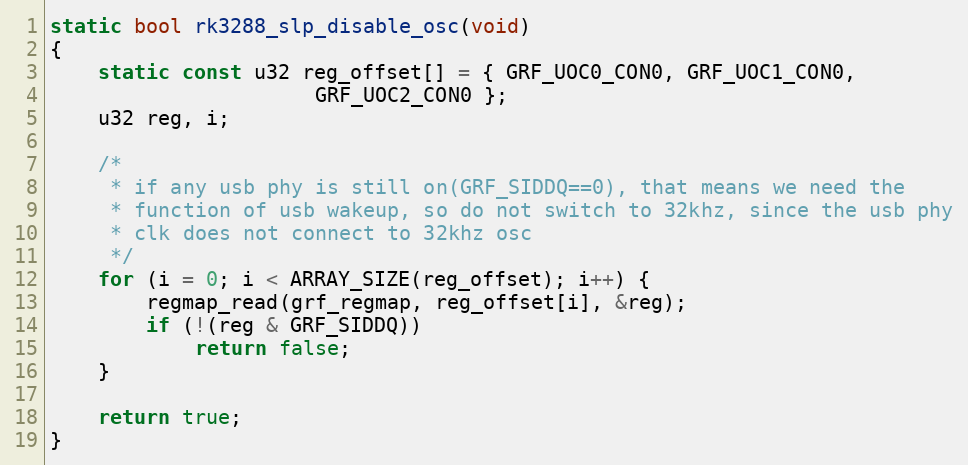
Language: C
static bool rk3288_slp_disable_osc(void)
{
	static const u32 reg_offset[] = { GRF_UOC0_CON0, GRF_UOC1_CON0,
					  GRF_UOC2_CON0 };
	u32 reg, i;

	/*
	 * if any usb phy is still on(GRF_SIDDQ==0), that means we need the
	 * function of usb wakeup, so do not switch to 32khz, since the usb phy
	 * clk does not connect to 32khz osc
	 */
	for (i = 0; i < ARRAY_SIZE(reg_offset); i++) {
		regmap_read(grf_regmap, reg_offset[i], &reg);
		if (!(reg & GRF_SIDDQ))
			return false;
	}

	return true;
}